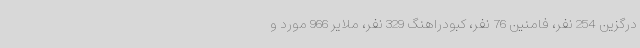
درگزین 254 نفر، فامنین 76 نفر، کبودراهنگ 329 نفر، ملایر 966 مورد و